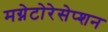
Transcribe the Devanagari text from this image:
मग्नेटोरेसेप्शन